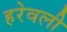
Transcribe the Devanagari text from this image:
हरेवली